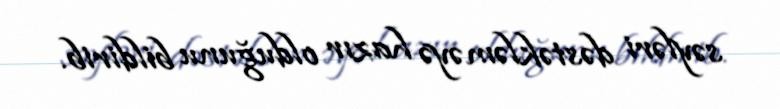
səyləri dəstəkləməyə hazır olduğunu bildirib.